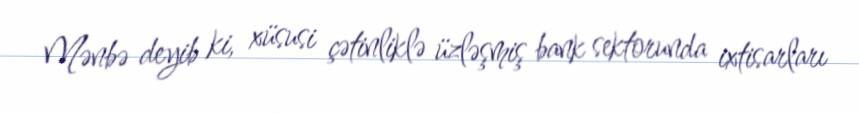
Mənbə deyib ki, xüsusi çətinliklə üzləşmiş bank sektorunda ixtisarları